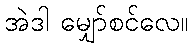
အဲဒါ မျှော်စင်လေ။